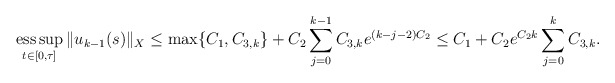
\begin{align*} \operatorname*{ess\,sup}_{t \in [0, \tau]} \|u_{k-1}(s)\|_{X} \leq \max\{C_{1}, C_{3, k}\} + C_{2} \sum_{j = 0}^{k-1} C_{3, k} e^{(k - j - 2) C_{2}} \leq C_{1} + C_{2} e^{C_{2} k} \sum_{j = 0}^{k} C_{3, k}. \end{align*}